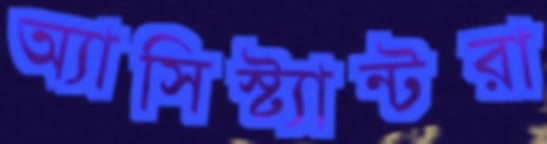
অ্যাসিস্ট্যান্টরা